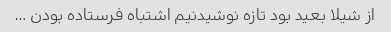
از شیلا بعید بود تازه نوشیدنیم اشتباه فرستاده بودن …